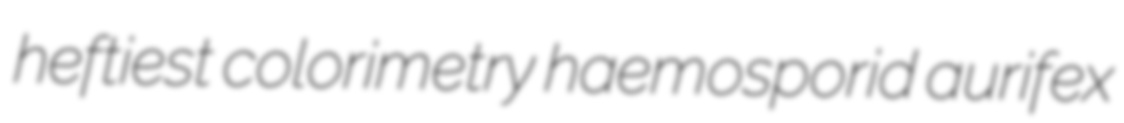
heftiest colorimetry haemosporid aurifex